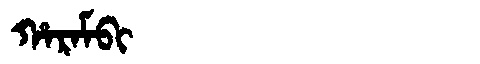
Manchu: ᡥᠠᡵᠠᠮᠪᡳ
Romanization: HARAMBI